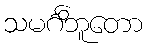
သမင်္ဂိဘူတော